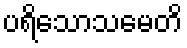
ပရိသောသမေတိ